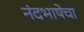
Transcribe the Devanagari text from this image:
नंदभाषेचा